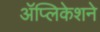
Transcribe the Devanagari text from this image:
ॲप्लिकेशने